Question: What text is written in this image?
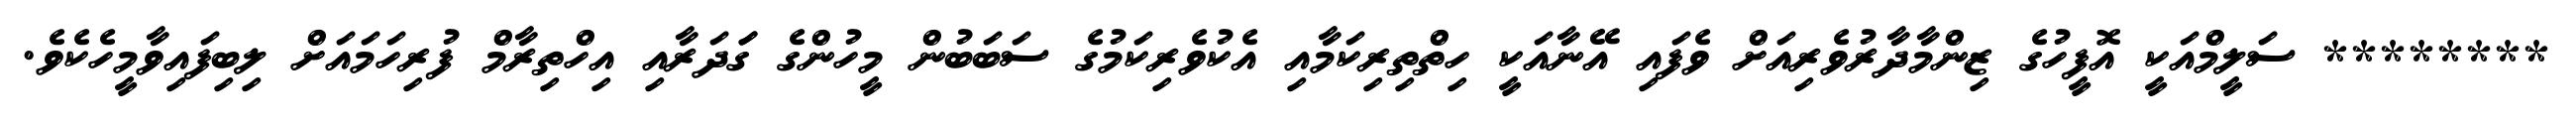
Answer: ******** ސަލީމްއަކީ އޮފީހުގެ ޒިންމާދާރުވެރިއަށް ވެފައި އޭނާއަކީ ހިތްތިރިކަމާއި އެކުވެރިކަމުގެ ސަބަބުން މީހުންގެ ގަަދަރާއި އިހްތިރާމް ފުރިހަމައަށް ލިބިފައިވާމީހެކެވެ.